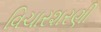
વિચારશરણી